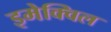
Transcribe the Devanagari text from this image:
इमेक्विल